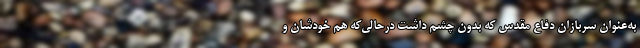
به‌عنوان سربازان دفاع مقدس که بدون چشم داشت درحالی‌که هم خودشان و